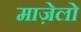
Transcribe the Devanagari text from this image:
माज़ेलो